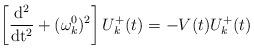
LaTeX: \begin{align*}\left[ \frac{\rm d^2}{\rm dt^2}+(\omega^0_k)^2\right]U_k^+(t)=-V(t)U_k^+(t)\end{align*}